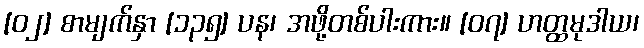
[၀၂] စာမျက်နှာ [၁၃၅] ပန၊ အဖို့တစ်ပါးကား။ [၀၇] ဟတ္ထမုဒါယ၊